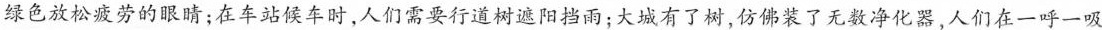
绿色放松疲劳的眼睛；在车站候车时，人们需要行道树遮雨；大城有了树，仿佛穿了无数净化器，人们在一呼一吸